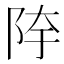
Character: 𱀍